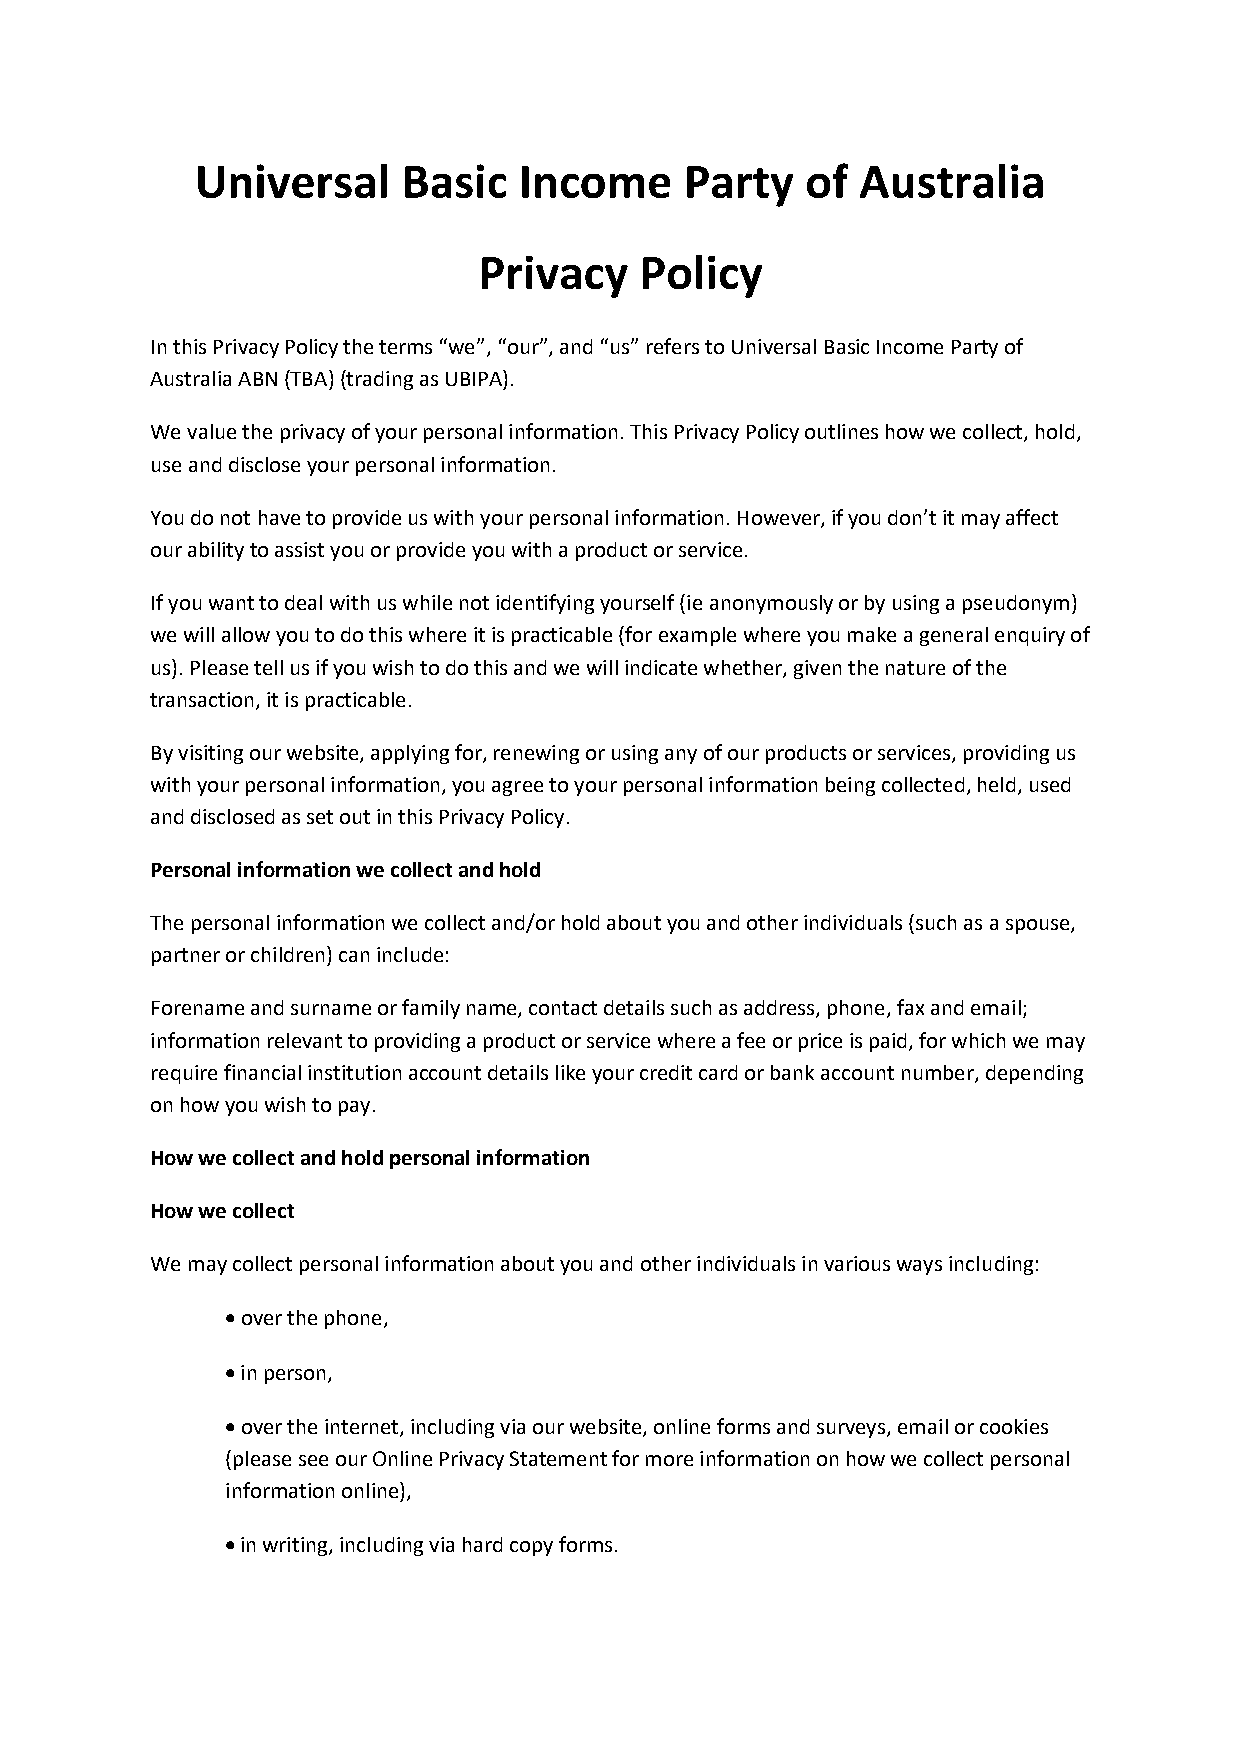
Universal     Basic  Income     Party   of  Australia
 Privacy   Policy
 In this Privacy Policy the terms “we”, “our”, and “us” refers to Universal Basic Income Party of
 Australia ABN (TBA) (trading as UBIPA).
 We value the privacy of your personal information. This Privacy Policy outlines how we collect, hold,
 use and disclose your personal information.
 You do not have to provide us with your personal information. However, if you don’t it may affect
 our ability to assist you or provide you with a product or service.
 If you want to deal with us while not identifying yourself (ie anonymously or by using a pseudonym)
 we will allow you to do this where it is practicable (for example where you make a general enquiry of
 us). Please tell us if you wish to do this and we will indicate whether, given the nature of the
 transaction, it is practicable.
 By visiting our website, applying for, renewing or using any of our products or services, providing us
 with your personal information, you agree to your personal information being collected, held, used
 and disclosed as set out in this Privacy Policy.
 Personal information we collect and hold
 The personal information we collect and/or hold about you and other individuals (such as a spouse,
 partner or children) can include:
 Forename and surname or family name, contact details such as address, phone, fax and email;
 information relevant to providing a product or service where a fee or price is paid, for which we may
 require financial institution account details like your credit card or bank account number, depending
 on how you wish to pay.
 How we collect and hold personal information
 How we collect
 We may collect personal information about you and other individuals in various ways including:
  over the phone,
  in person,
  over the internet, including via our website, online forms and surveys, email or cookies
 (please see our Online Privacy Statement for more information on how we collect personal
 information online),
  in writing, including via hard copy forms.